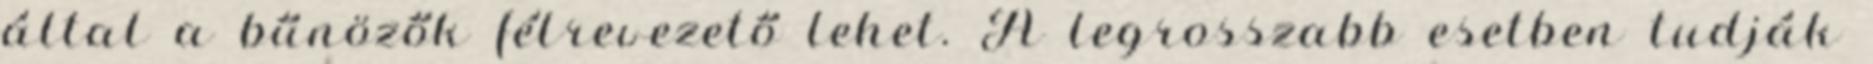
által a bűnözők félrevezető lehet. A legrosszabb esetben tudják